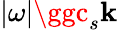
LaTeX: |\omega|\ggc_{s}\mathbf{k}